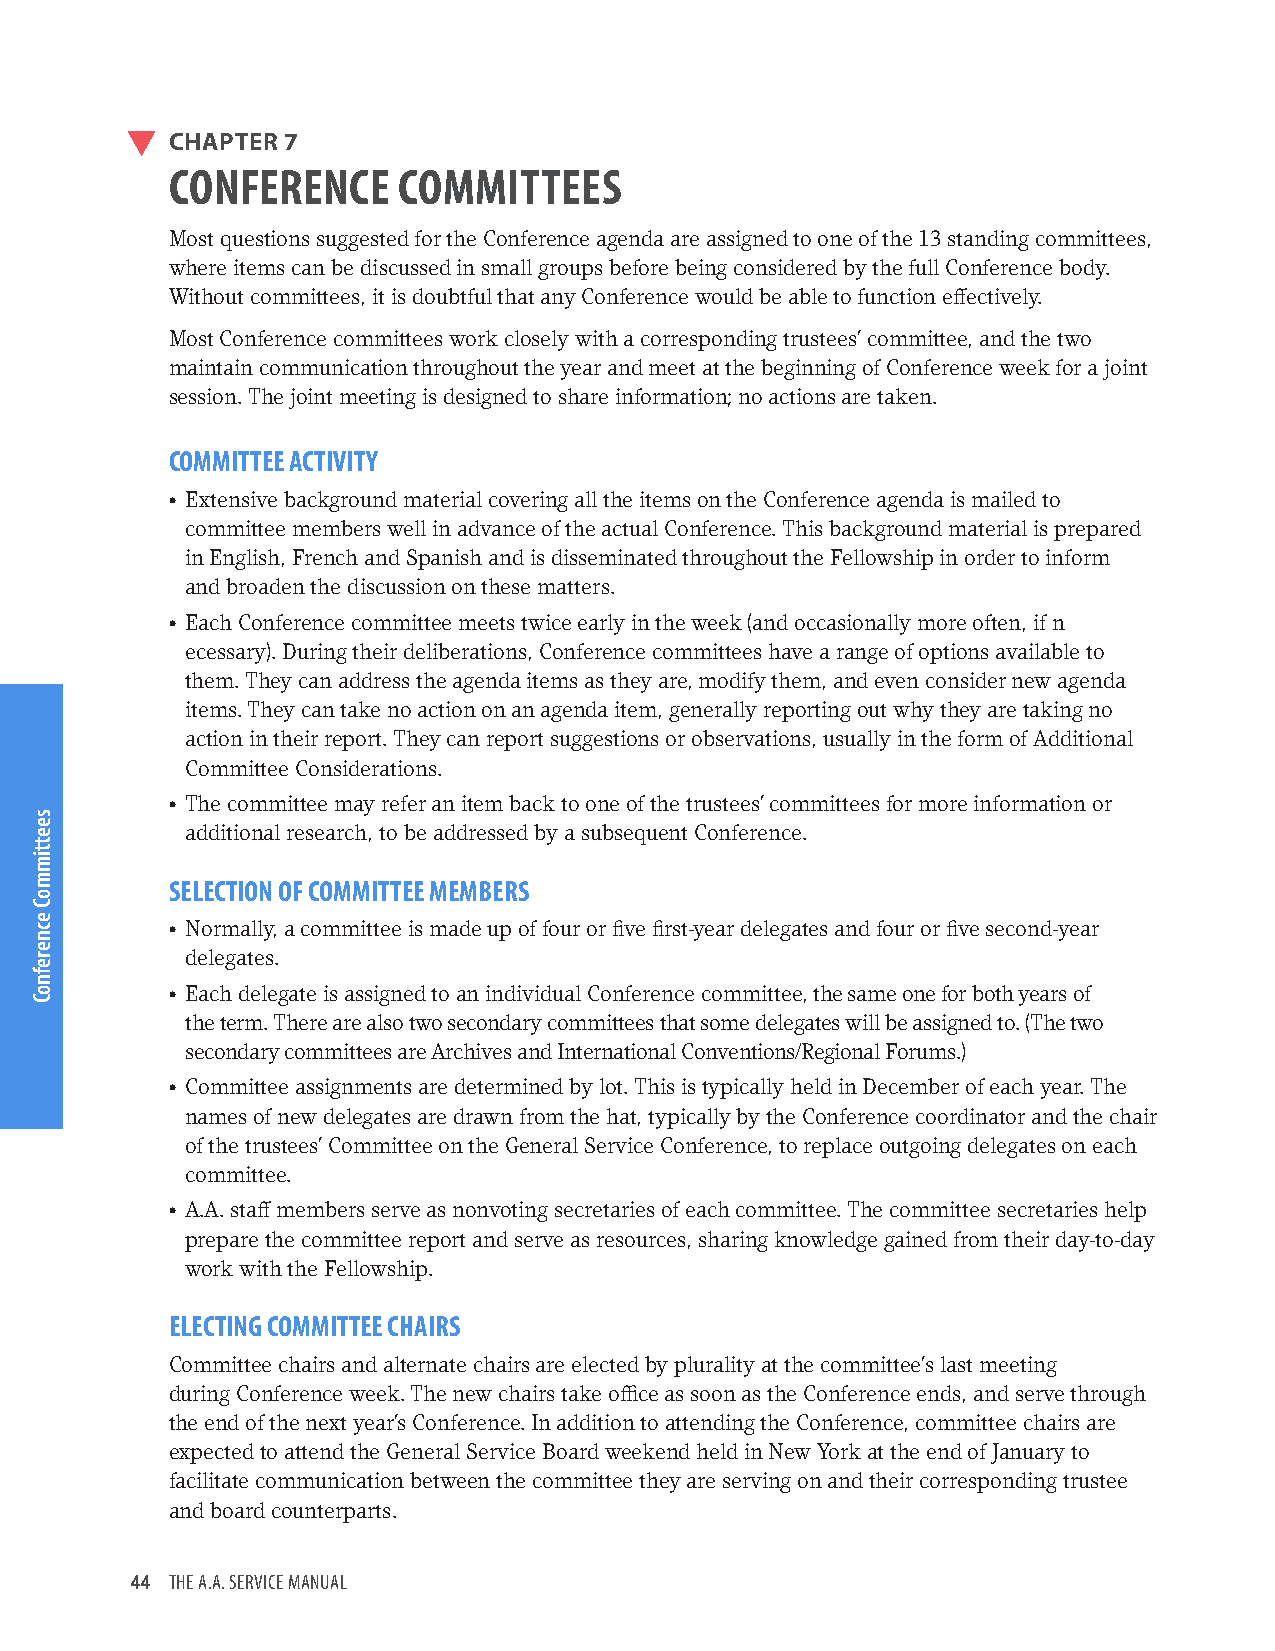
CHAPTER 7
 CONFERENCE     COMMITTEES
 Most questions suggested for the Conference agenda are assigned to one of the 13 standing committees,
 where items can be discussed in small groups before being considered by the full Conference body.
 Without committees, it is doubtful that any Conference would be able to function effectively.
 Most Conference committees work closely with a corresponding trustees’ committee, and the two
 maintain communication throughout the year and meet at the beginning of Conference week for a joint
 session. The joint meeting is designed to share information; no actions are taken.
 COMMITTEE ACTIVITY
 • Extensive background material covering all the items on the Conference agenda is mailed to
 committee members well in advance of the actual Conference. This background material is prepared
 in English, French and Spanish and is disseminated throughout the Fellowship in order to inform
 and broaden the discussion on these matters.
 • Each Conference committee meets twice early in the week (and occasionally more often, if n
 ecessary). During their deliberations, Conference committees have a range of options available to
 them. They can address the agenda items as they are, modify them, and even consider new agenda
 items. They can take no action on an agenda item, generally reporting out why they are taking no
 action in their report. They can report suggestions or observations, usually in the form of Additional
 Committee Considerations.
 • The committee may refer an item back to one of the trustees’ committees for more information or
 additional research, to be addressed by a subsequent Conference.
 SELECTION OF COMMITTEE MEMBERS
 • Normally, a committee is made up of four or five first-year delegates and four or five second-year
 delegates.
 • Each delegate is assigned to an individual Conference committee, the same one for both years of
 the term. There are also two secondary committees that some delegates will be assigned to. (The two
 secondary committees are Archives and International Conventions/Regional Forums.)
 • Committee assignments are determined by lot. This is typically held in December of each year. The
 names of new delegates are drawn from the hat, typically by the Conference coordinator and the chair
 of the trustees’ Committee on the General Service Conference, to replace outgoing delegates on each
 committee.
 • A.A. staff members serve as nonvoting secretaries of each committee. The committee secretaries help
 prepare the committee report and serve as resources, sharing knowledge gained from their day-to-day
 work with the Fellowship.
 ELECTING COMMITTEE CHAIRS
 Committee chairs and alternate chairs are elected by plurality at the committee’s last meeting
 during Conference week. The new chairs take office as soon as the Conference ends, and serve through
 the end of the next year’s Conference. In addition to attending the Conference, committee chairs are
 expected to attend the General Service Board weekend held in New York at the end of January to
 facilitate communication between the committee they are serving on and their corresponding trustee
 and board counterparts.
 44 THE A.A. SERVICE MANUAL
 seettimmoC
 ecnerefnoC